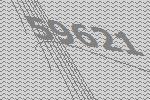
59621